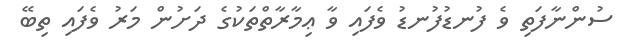
ސުންނާފަތި ވެ ފުނޑުފުނޑު ވެފައި ވާ ޢިމާރާތްތަކުގެ ދަށުން މަރު ވެފައި ތިބޭ